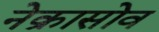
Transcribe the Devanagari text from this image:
नेक्रासोव